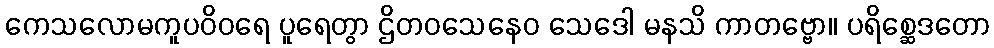
ကေသလောမကူပဝိဝရေ ပူရေတွာ ဌိတဝသေနေဝ သေဒေါ မနသိ ကာတဗ္ဗော။ ပရိစ္ဆေဒတော